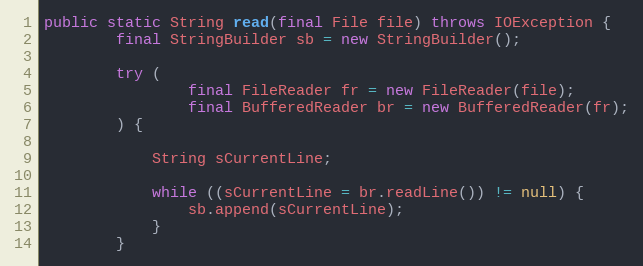
Language: Java
public static String read(final File file) throws IOException {
        final StringBuilder sb = new StringBuilder();

        try (
                final FileReader fr = new FileReader(file);
                final BufferedReader br = new BufferedReader(fr);
        ) {

            String sCurrentLine;

            while ((sCurrentLine = br.readLine()) != null) {
                sb.append(sCurrentLine);
            }
        }